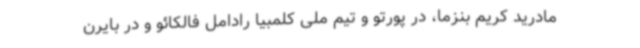
مادرید کریم بنزما، در پورتو و تیم ملی کلمبیا رادامل فالکائو و در بایرن